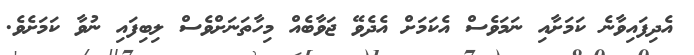
އެދިފައިވާނެ ކަމަށާއި ނަމަވެސް އެކަމަށް އެދެވޭ ޖަވާބެއް މިހާތަނަށްވެސް ލިބިފައި ނުވާ ކަމަށެވެ.